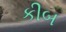
કીબ